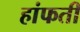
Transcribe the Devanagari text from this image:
हांफती